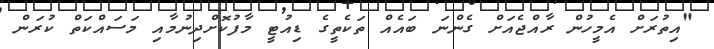
"އިތުރަށް އެމީހުން ރާއްޖެއަށް ގެންނަ ބައެއް ތަކެތީގެ ޑިއުޓީ މާފުކޮށްދިނުމާއި މަސައްކަތް ކުރަން